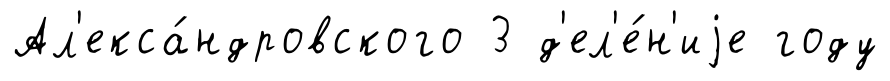
Ал'екса́ндровского 3 д'ел'е́н'иjе году